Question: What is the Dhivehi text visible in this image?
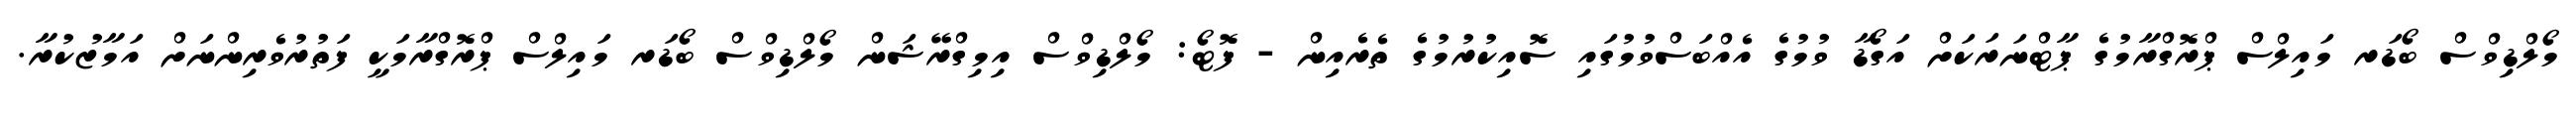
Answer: މޯލްޑިވްސް ބޯޑަރ މައިލްސް ޕްރޮގްރާމުގެ ޕާޓްނަރަކަށް އަގޯޑާ ވުމުގެ އެއްބަސްވުމުގައި ސޮއިކުރުމުގެ ތެރެއިން - ފޮޓޯ: މޯލްޑިވްސް އިމިގްރޭޝަން މޯލްޑިވްސް ބޯޑަރ މައިލްސް ޕްރޮގްރާމަކީ ފަތުރުވެރިންނަށް އަމާޒުކުރާ.